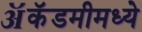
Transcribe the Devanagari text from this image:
ॲकॅडमीमध्ये